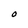
Character: O